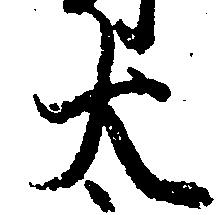
太